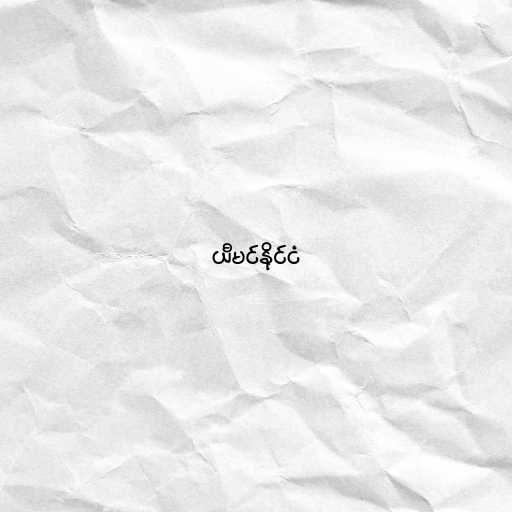
ယီမင်နိုင်ငံ